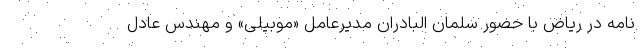
نامه در ریاض با حضور سلمان البادران مدیرعامل «موبیلی» و مهندس عادل